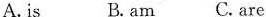
A.is B. am C. are